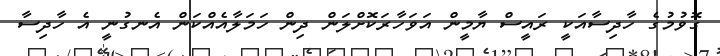
ގޮވުމުގެ ހާދިސާއަކީ ރައީސް ޔާމީން އަވަހާރަކޮށްލަން ދިން ހަމަލާއެއްކަން އެނގުނީ އެ ހާދިސާ